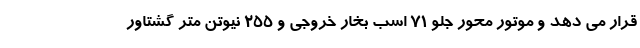
قرار می دهد و موتور محور جلو 71 اسب بخار خروجی و 255 نیوتن متر گشتاور